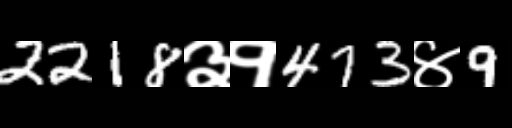
Text: 2218३१473४9